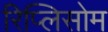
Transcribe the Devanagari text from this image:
रिप्लिसोम